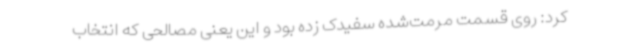
کرد: روی قسمت مرمت‌شده سفیدک زده بود و این یعنی مصالحی که انتخاب